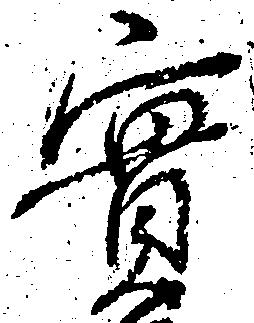
実